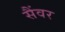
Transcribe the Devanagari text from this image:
सैंवर